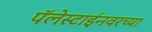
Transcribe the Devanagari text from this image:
पॅलेस्टाईनवरच्या